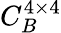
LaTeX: C_{B}^{4\times 4}